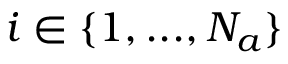
i \in \{ 1 , . . . , N _ { a } \}